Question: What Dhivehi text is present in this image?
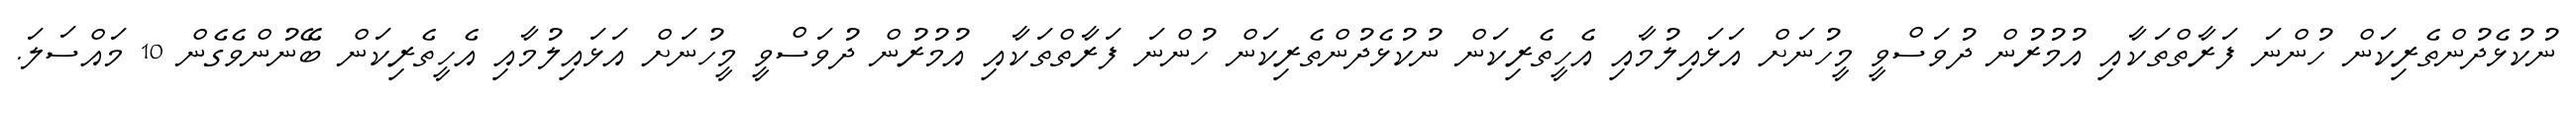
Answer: ނުކުޅެދުންތެރިކަން ހުންނަ ފަރާތްތަކާއި އުމުރުން ދުވަސްވީ މީހުނަށް އަޅައިލުމާއި އެހީތެރިކަން ނުކުޅެދުންތެރިކަން ހުންނަ ފަރާތްތަކާއި އުމުރުން ދުވަސްވީ މީހުނަށް އަޅައިލުމާއި އެހީތެރިކަން ބޭނުންވެގެން 10 މައްސަލަ.